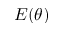
E ( \theta )